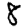
Digit: 8